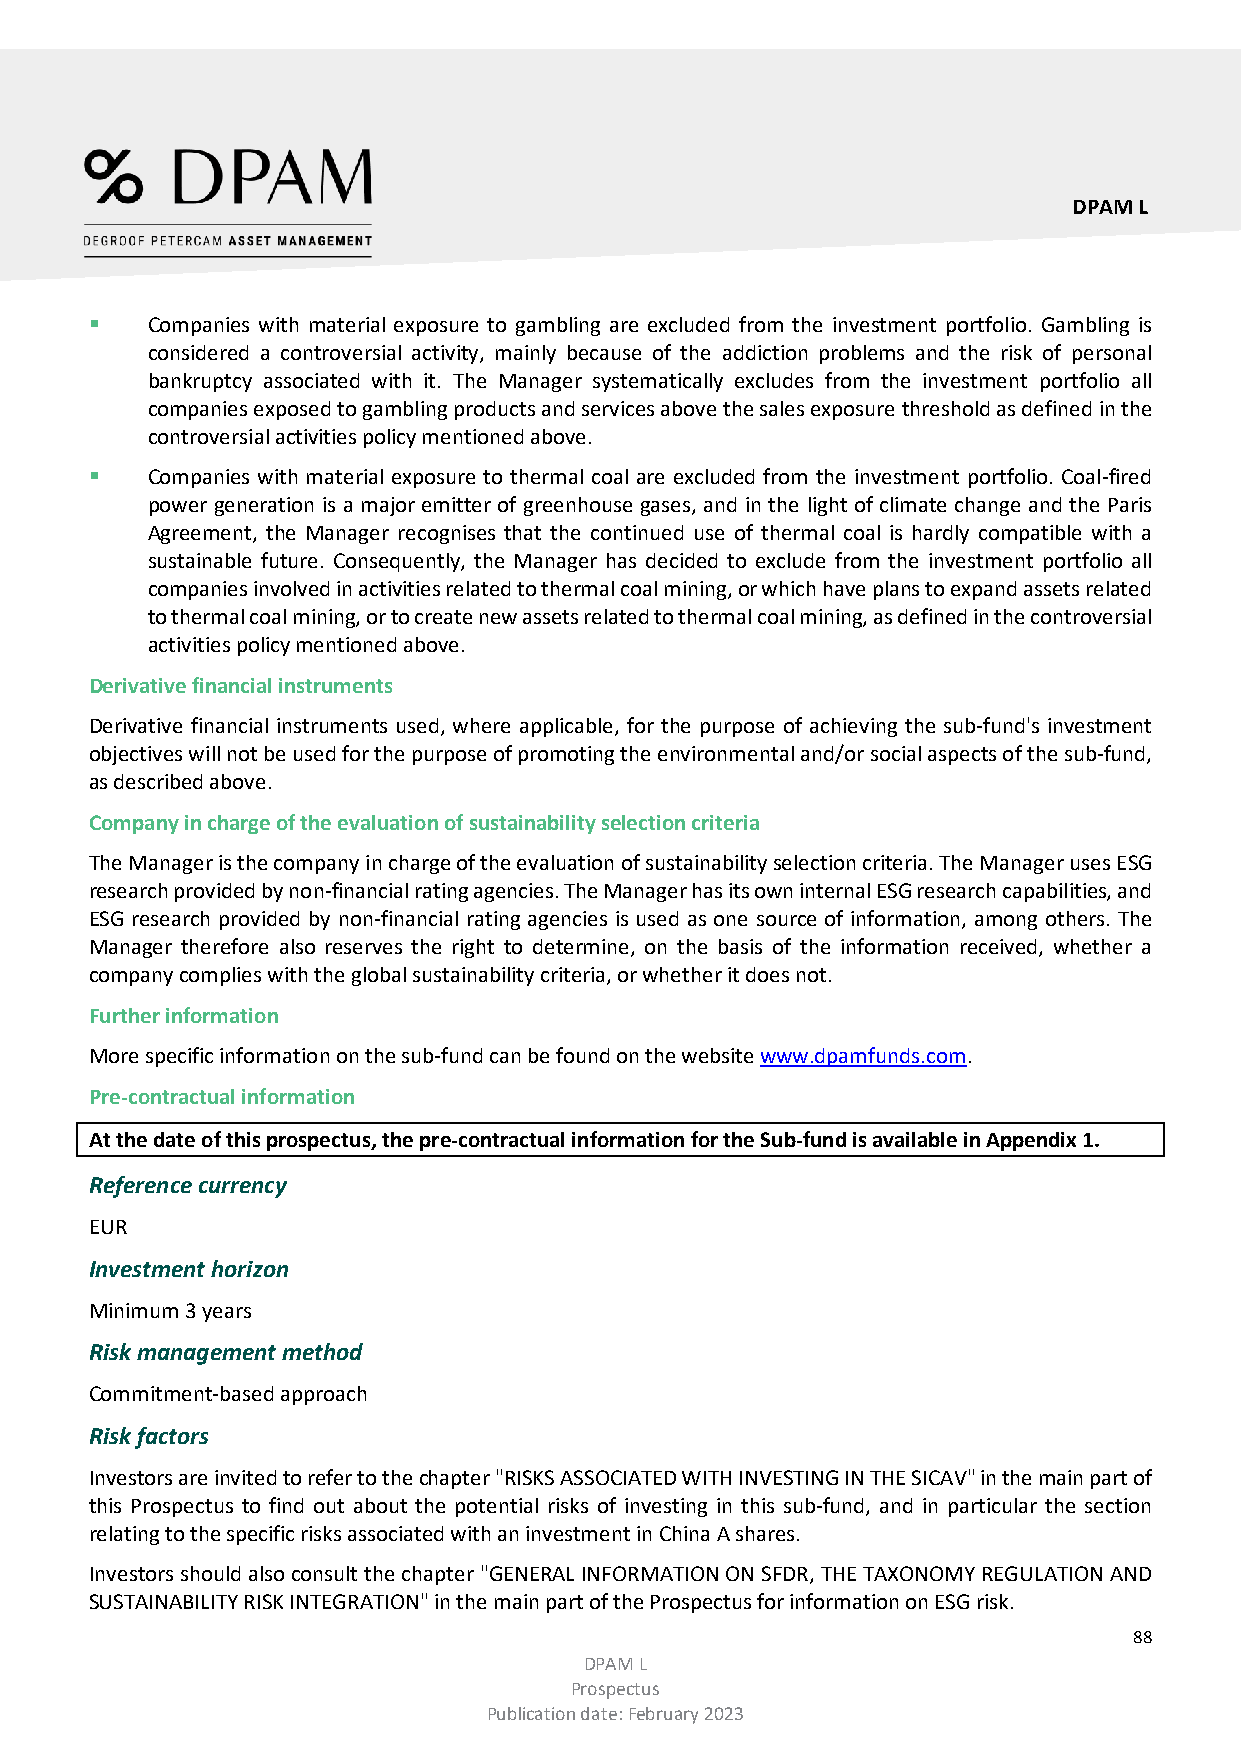
DPAM L
    Companies with material exposure to gambling are excluded from the investment portfolio. Gambling is
 considered a controversial activity, mainly because of the addiction problems and the risk of personal
 bankruptcy associated with it. The Manager systematically excludes from the investment portfolio all
 companies exposed to gambling products and services above the sales exposure threshold as defined in the
 controversial activities policy mentioned above.
    Companies with material exposure to thermal coal are excluded from the investment portfolio. Coal-fired
 power generation is a major emitter of greenhouse gases, and in the light of climate change and the Paris
 Agreement, the Manager recognises that the continued use of thermal coal is hardly compatible with a
 sustainable future. Consequently, the Manager has decided to exclude from the investment portfolio all
 companies involved in activities related to thermal coal mining, or which have plans to expand assets related
 to thermal coal mining, or to create new assets related to thermal coal mining, as defined in the controversial
 activities policy mentioned above.
 Derivative financial instruments
 Derivative financial instruments used, where applicable, for the purpose of achieving the sub-fund's investment
 objectives will not be used for the purpose of promoting the environmental and/or social aspects of the sub-fund,
 as described above.
 Company in charge of the evaluation of sustainability selection criteria
 The Manager is the company in charge of the evaluation of sustainability selection criteria. The Manager uses ESG
 research provided by non-financial rating agencies. The Manager has its own internal ESG research capabilities, and
 ESG research provided by non-financial rating agencies is used as one source of information, among others. The
 Manager therefore also reserves the right to determine, on the basis of the information received, whether a
 company complies with the global sustainability criteria, or whether it does not.
 Further information
 More specific information on the sub-fund can be found on the website www.dpamfunds.com.
 Pre-contractual information
 At the date of this prospectus, the pre-contractual information for the Sub-fund is available in Appendix 1.
 Reference currency
 EUR
 Investment horizon
 Minimum 3 years
 Risk management method
 Commitment-based approach
 Risk factors
 Investors are invited to refer to the chapter "RISKS ASSOCIATED WITH INVESTING IN THE SICAV" in the main part of
 this Prospectus to find out about the potential risks of investing in this sub-fund, and in particular the section
 relating to the specific risks associated with an investment in China A shares.
 Investors should also consult the chapter "GENERAL INFORMATION ON SFDR, THE TAXONOMY REGULATION AND
 SUSTAINABILITY RISK INTEGRATION" in the main part of the Prospectus for information on ESG risk.
 88
 DPAM L
 Prospectus
 Publication date: February 2023